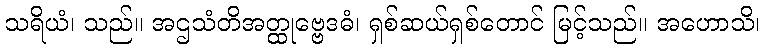
သရိယံ၊ သည်။ အဌသံတိအတ္ထုဗ္ဗေဒဓံ၊ ရှစ်ဆယ်ရှစ်တောင် မြင့်သည်။ အဟောသိ၊